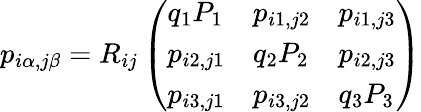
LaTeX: p_{i\alpha,j\beta}=R_{ij}\left(\begin{array}{lll}{q_{1}P_{1}}&{p_{i1,j2}}&{p_{i1,j3}}\\ {p_{i2,j1}}&{q_{2}P_{2}}&{p_{i2,j3}}\\ {p_{i3,j1}}&{p_{i3,j2}}&{q_{3}P_{3}}\end{array}\right)